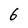
Character: 6